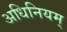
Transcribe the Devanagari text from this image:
अधिनियम्